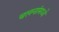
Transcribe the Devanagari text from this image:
चलनांमध्ये